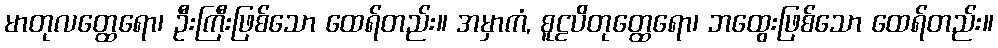
မာတုလတ္ထေရော၊ ဦးကြီးဖြစ်သော ထေရ်တည်း။ အမှာကံ, စူဠပိတုတ္ထေရော၊ ဘထွေးဖြစ်သော ထေရ်တည်း။